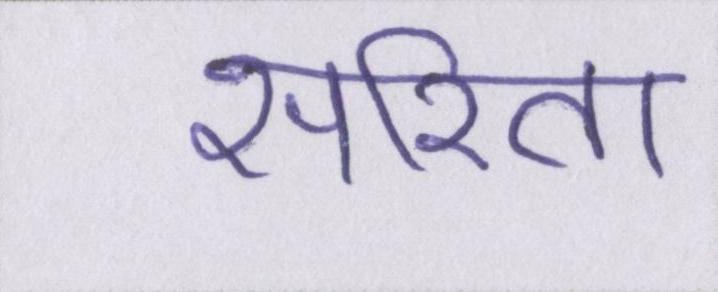
सरिता